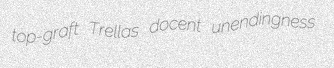
top-graft Trellas docent unendingness